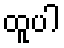
ထူပါ